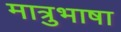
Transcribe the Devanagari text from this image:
मात्रुभाषा